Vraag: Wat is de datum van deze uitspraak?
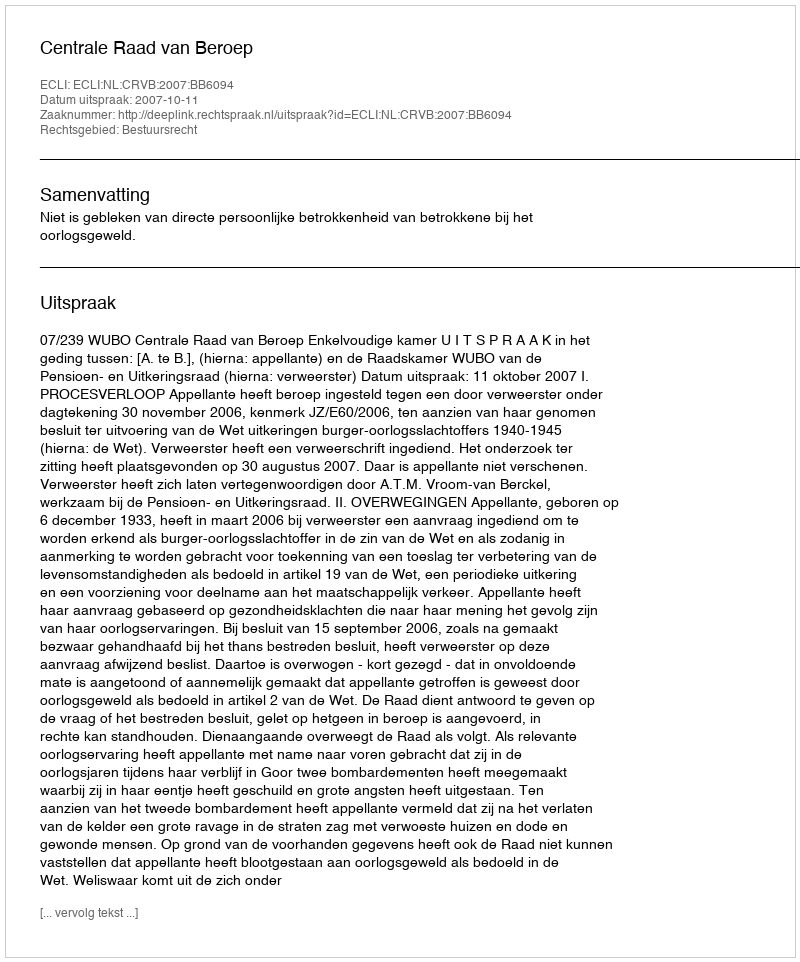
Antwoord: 2007-10-11